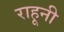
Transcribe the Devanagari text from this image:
राहूनी